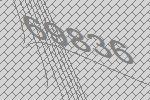
69836